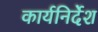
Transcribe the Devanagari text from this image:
कार्यनिर्देश